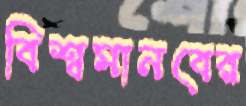
বিশ্বমানবের